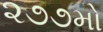
૨૭૭મો